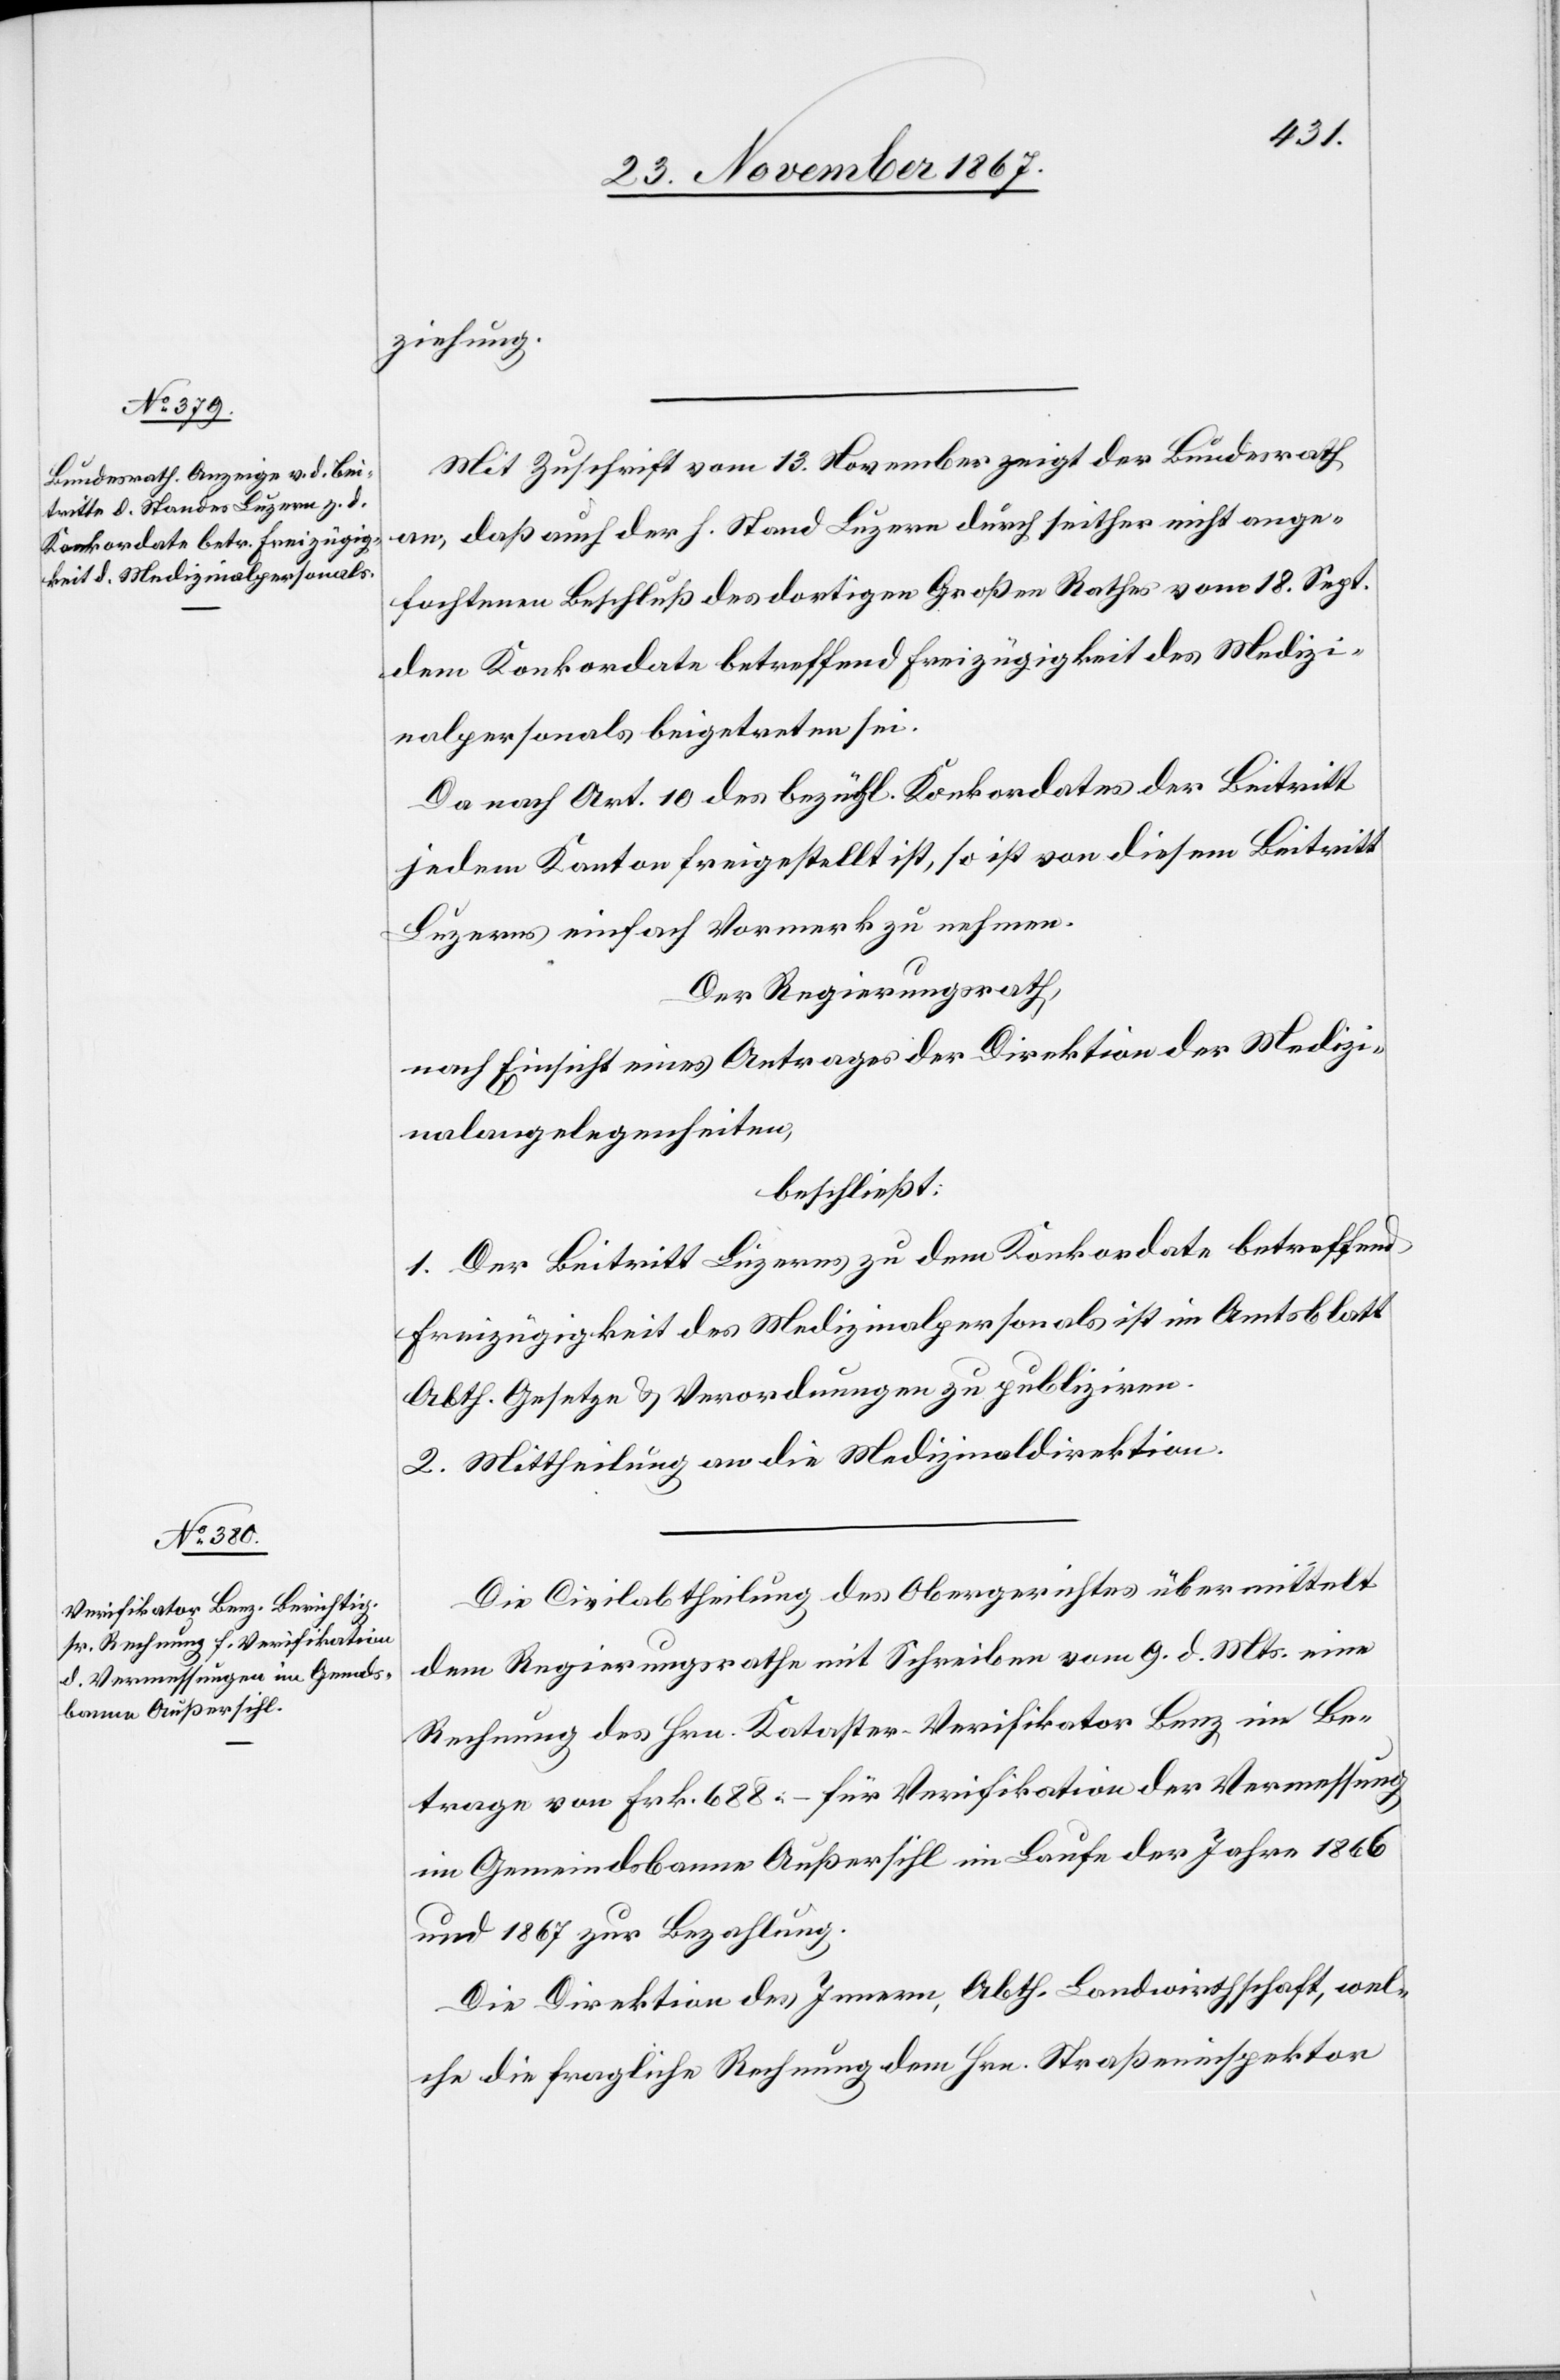
ziehung.
Mit Zuschrift vom 13. November zeigt der Bundesrath
an, daß auch der h. Stand Luzern durch seither nicht ange¬
fochtenen Beschluß des dortigen Großen Rathes vom 18. Sept.
dem Konkordate betreffend Freizügigkeit des Medizi¬
nalpersonals beigetreten sei.
Da nach Art. 10 des bezügl. Konkordates der Beitritt
jedem Kanton freigestellt ist, so ist von diesem Beitritt
Luzerns einfach Vormerk zu nehmen.
Der Regierungsrath,
nach Einsicht eines Antrages der Direktion der Medizi¬
nalangelegenheiten,
beschließt:
1. Der Beitritt Luzerns zu dem Konkordate betreffend
Freizügigkeit des Medizinalpersonals ist im Amtsblatt
Abth. Gesetze u. Verordnungen zu publiziren.
2. Mittheilung an die Medizinaldirektion.
Die Civilabtheilung des Obergerichtes übermittelt
dem Regierungsrathe mit Schreiben vom 9. d. Mts. eine
Rechnung des Hrn. Kataster-Verifikator Benz im Be¬
trage von Frk. 688.– für Verifikation der Vermessung
im Gemeindsbanne Außersihl im Laufe der Jahre 1866
und 1867 zur Bezahlung.
Die Direktion des Innern, Abth. Landwirthschaft, wel¬
che die fragliche Rechnung dem Hrn. Straßeninspektor